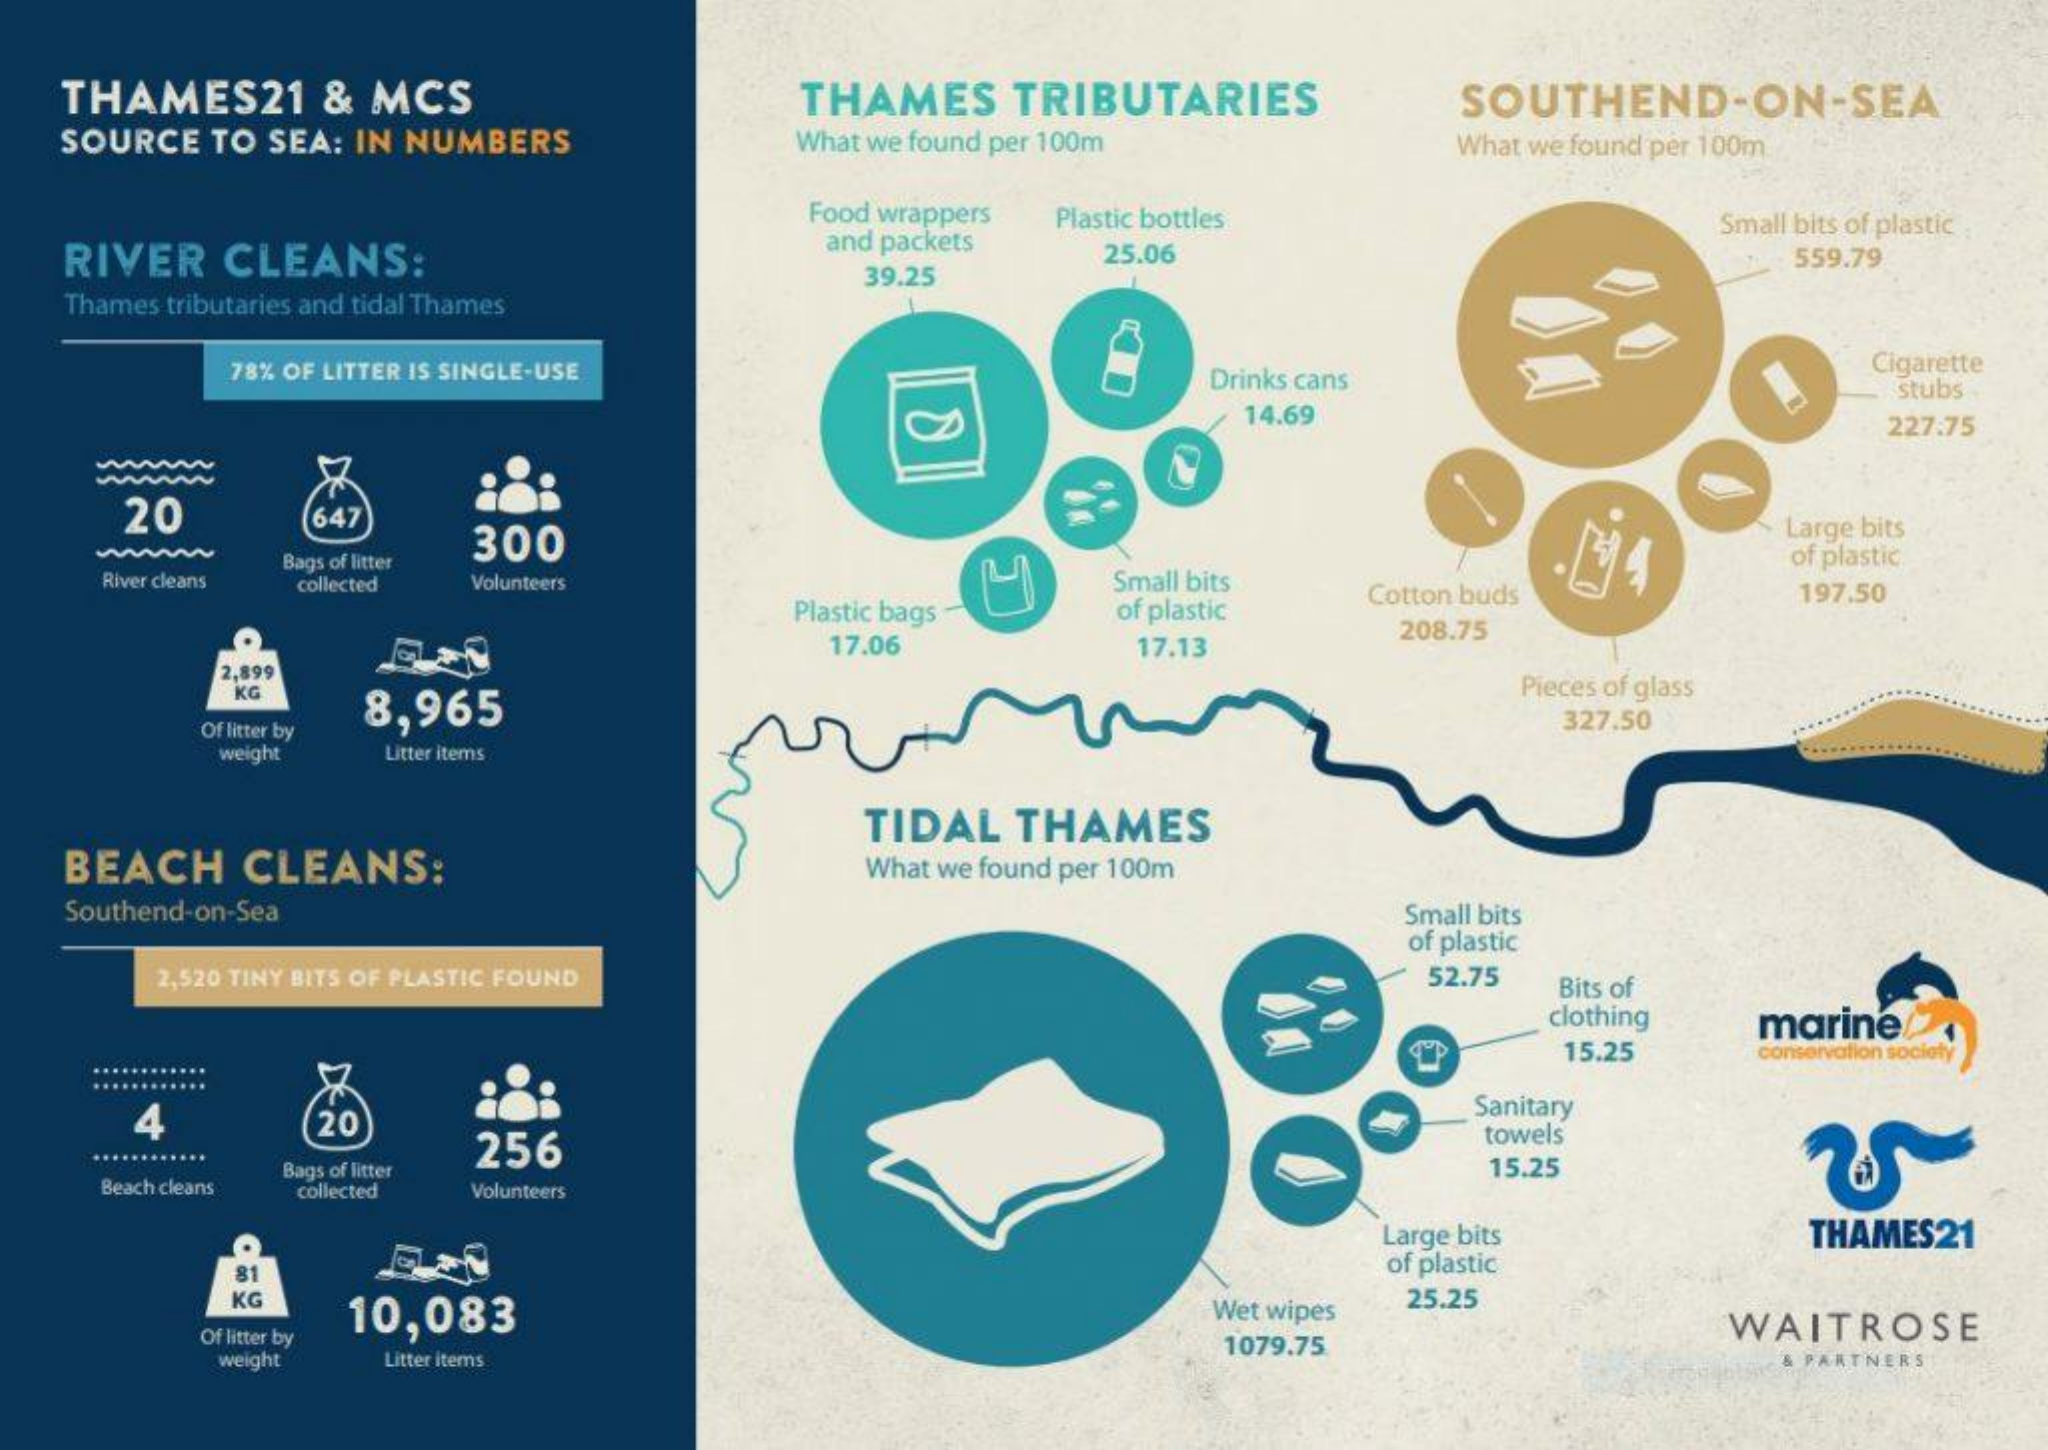
THAMES21 & MCS    THAMES TRIBUTARIES    SOUTHEND-ON-SEA
  SOURCE TO SEA: IN NUMBERS What we found per 100m What we found per 100m
     Food wrappers
   RIVER CLEANS:
     and packets
     Plastic bottles    Small bits of plastic
     25.06    559.79
   Thames tributaries and tidal Thames
     39.25
     78% OF LITTER IS SINGLE-USE    Drinks cans
     Cigarette
     14.69
     stubs
     227.75
     20    647
     300
     Large bits
     of plastic
    River cleans
     Bags of litter
     collected Volunteers
     Plastic bags
     Small bits
     of plastic
     Cotton buds    197.50
     17.06    17.13
     208.75
     2,899
     KG
     8,965
     Pieces of glass
     Of litter by
     327.50
     weight Litter items
   BEACH CLEANS:
     TIDAL THAMES
     What we found per 100m
   Southend-on-Sea    Small bits
     of plastic
     2,520 TINY BITS OF PLASTIC FOUND    52.75 Bits of
     clothing marine
     15.25   rvation
    ............
     4    20
     Sanitary
     256    towels
    Beach cleans
     Bags of litter    15.25
     collected Volunteers
     Large bits    THAMES21
     81    of plastic
     KG
     10,083    Wet wipes
     25.25
     Of litter by
     weight Litter items
     1079.75
     WAITROSE
     ARTNERS